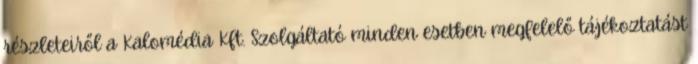
részleteiről a Kalomédia Kft. Szolgáltató minden esetben megfelelő tájékoztatást